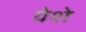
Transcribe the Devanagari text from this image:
येशे